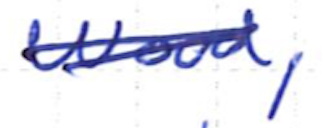
Text: wood,
Cross-out: double-line
Writing tool: ballpoint